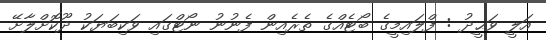
އަލީ ވަޙީދު : ފްލައިމީގެ ބޯޓެއްގެ ތެރެއިން ފެނުނު ނޯޓްގައި ވަކިބަޔަކު ދޫކޮށްލާށޭ